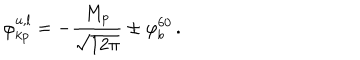
LaTeX: \varphi _ { k p } ^ { u , l } = - \frac { M _ { p } } { \sqrt { 1 2 \pi } } \pm \varphi _ { b } ^ { 6 0 } \, .